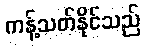
ကန့်သတ်နိုင်သည်